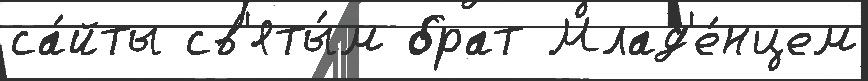
са́йты св'яты́м брат Млад'е́нцем